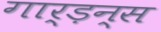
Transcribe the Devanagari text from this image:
गार्ड़न्स